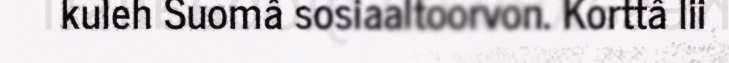
kuleh Suomâ sosiaaltoorvon. Korttâ lii